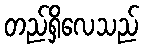
တည်ရှိလေသည်